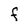
Character: F